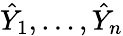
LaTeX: {\hat{Y}}_{1},\dots,{\hat{Y}}_{n}